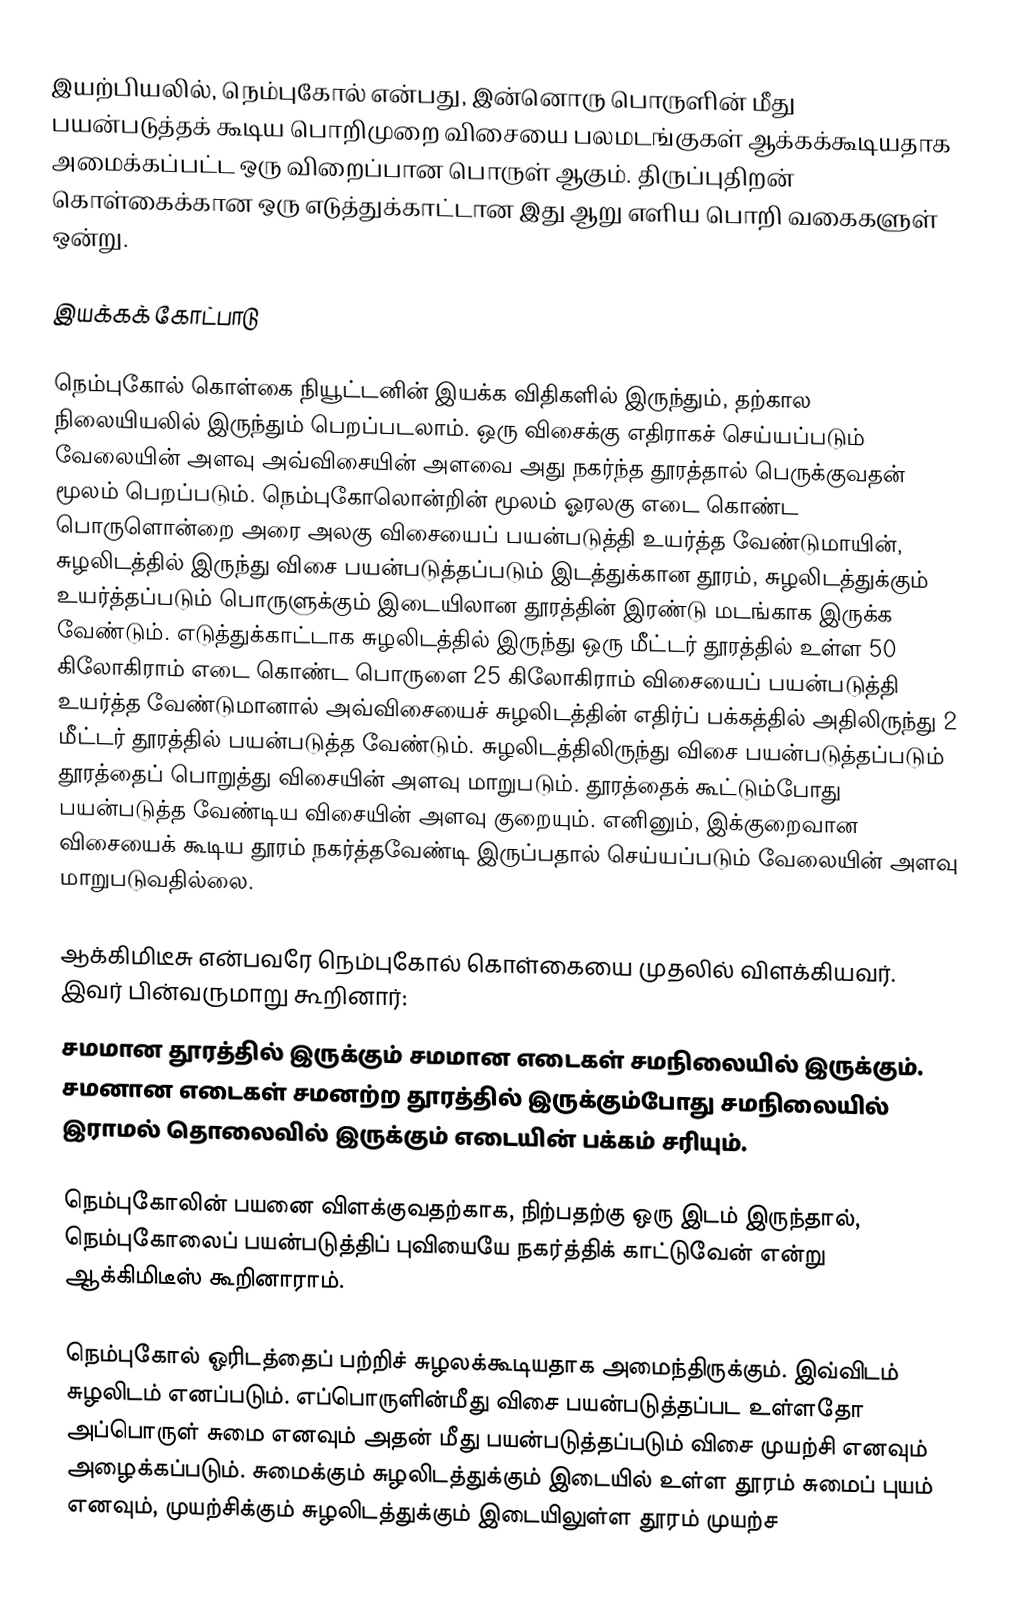
இயற்பியலில், நெம்புகோல் என்பது, இன்னொரு பொருளின் மீது பயன்படுத்தக் கூடிய பொறிமுறை விசையை பலமடங்குகள் ஆக்கக்கூடியதாக அமைக்கப்பட்ட ஒரு விறைப்பான பொருள் ஆகும். திருப்புதிறன் கொள்கைக்கான ஒரு எடுத்துக்காட்டான இது ஆறு எளிய பொறி வகைகளுள் ஒன்று.

இயக்கக் கோட்பாடு

நெம்புகோல் கொள்கை நியூட்டனின் இயக்க விதிகளில் இருந்தும், தற்கால நிலையியலில் இருந்தும் பெறப்படலாம். ஒரு விசைக்கு எதிராகச் செய்யப்படும் வேலையின் அளவு அவ்விசையின் அளவை அது நகர்ந்த தூரத்தால் பெருக்குவதன் மூலம் பெறப்படும். நெம்புகோலொன்றின் மூலம் ஓரலகு எடை கொண்ட பொருளொன்றை அரை அலகு விசையைப் பயன்படுத்தி உயர்த்த வேண்டுமாயின், சுழலிடத்தில் இருந்து விசை பயன்படுத்தப்படும் இடத்துக்கான தூரம், சுழலிடத்துக்கும் உயர்த்தப்படும் பொருளுக்கும் இடையிலான தூரத்தின் இரண்டு மடங்காக இருக்க வேண்டும். எடுத்துக்காட்டாக சுழலிடத்தில் இருந்து ஒரு மீட்டர் தூரத்தில் உள்ள 50 கிலோகிராம் எடை கொண்ட பொருளை 25 கிலோகிராம் விசையைப் பயன்படுத்தி உயர்த்த வேண்டுமானால் அவ்விசையைச் சுழலிடத்தின் எதிர்ப் பக்கத்தில் அதிலிருந்து 2 மீட்டர் தூரத்தில் பயன்படுத்த வேண்டும். சுழலிடத்திலிருந்து விசை பயன்படுத்தப்படும் தூரத்தைப் பொறுத்து விசையின் அளவு மாறுபடும். தூரத்தைக் கூட்டும்போது பயன்படுத்த வேண்டிய விசையின் அளவு குறையும். எனினும், இக்குறைவான விசையைக் கூடிய தூரம் நகர்த்தவேண்டி இருப்பதால் செய்யப்படும் வேலையின் அளவு மாறுபடுவதில்லை.

ஆக்கிமிடீசு என்பவரே நெம்புகோல் கொள்கையை முதலில் விளக்கியவர். இவர் பின்வருமாறு கூறினார்:
 சமமான தூரத்தில் இருக்கும் சமமான எடைகள் சமநிலையில் இருக்கும். சமனான எடைகள் சமனற்ற தூரத்தில் இருக்கும்போது சமநிலையில் இராமல் தொலைவில் இருக்கும் எடையின் பக்கம் சரியும்.

நெம்புகோலின் பயனை விளக்குவதற்காக, நிற்பதற்கு ஒரு இடம் இருந்தால், நெம்புகோலைப் பயன்படுத்திப் புவியையே நகர்த்திக் காட்டுவேன் என்று ஆக்கிமிடீஸ் கூறினாராம்.

நெம்புகோல் ஓரிடத்தைப் பற்றிச் சுழலக்கூடியதாக அமைந்திருக்கும். இவ்விடம் சுழலிடம் எனப்படும். எப்பொருளின்மீது விசை பயன்படுத்தப்பட உள்ளதோ அப்பொருள் சுமை எனவும் அதன் மீது பயன்படுத்தப்படும் விசை முயற்சி எனவும் அழைக்கப்படும். சுமைக்கும் சுழலிடத்துக்கும் இடையில் உள்ள தூரம் சுமைப் புயம் எனவும், முயற்சிக்கும் சுழலிடத்துக்கும் இடையிலுள்ள தூரம் முயற்ச